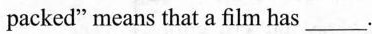
packed" means that a film has ___.